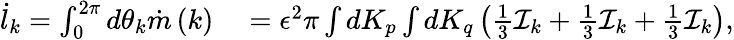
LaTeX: \begin{array}{rl}{\dot{l}_{k}=\int_{0}^{2\pi}d\theta_{k}\dot{m}\left(k\right)}&{{}=\epsilon^{2}\pi\int dK_{p}\int dK_{q}\left(\frac{1}{3}\mathcal{I}_{k}+\frac{1}{3}\mathcal{I}_{k}+\frac{1}{3}\mathcal{I}_{k}\right),}\end{array}